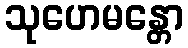
သုဟေမန္တော